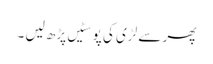
پھر سے لڑی کی پوسٹیں پڑھ لیں ۔